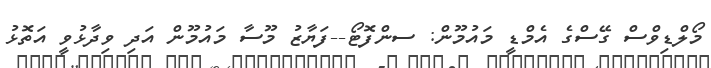
މޯލްޑިވްސް ގޭސްގެ އެމްޑީ މައުމޫން: ސންފޮޓޯ--ފަޔާޒު މޫސާ މައުމޫން އަދި ވިދާޅުވީ އަތޮޅު